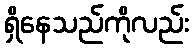
ရှိနေသည်ကိုလည်း